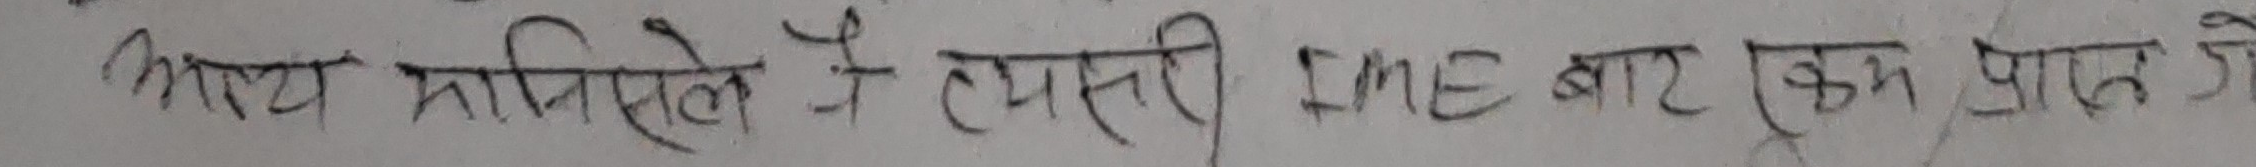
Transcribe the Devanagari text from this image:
आलु माइस्लेट नै त्येसरी १Me बार एक प्राप्त हो